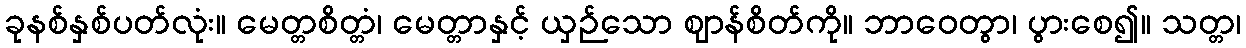
ခုနစ်နှစ်ပတ်လုံး။ မေတ္တစိတ္တံ၊ မေတ္တာနှင့် ယှဉ်သော ဈာန်စိတ်ကို။ ဘာဝေတွာ၊ ပွားစေ၍။ သတ္တ၊